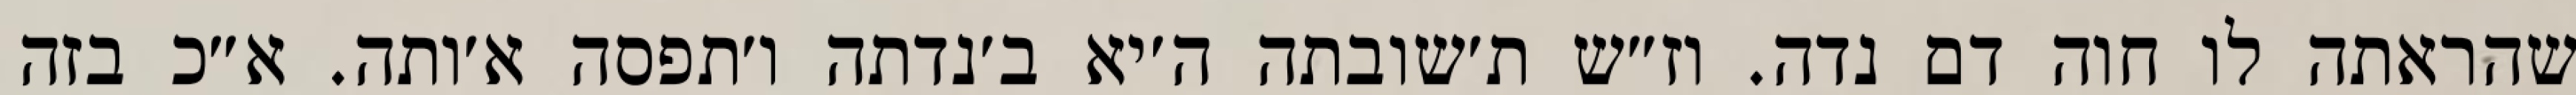
שהראתה לו חוה דם נדה. וז״ש ת׳שובתה ה׳יא ב׳נדתה ו׳תפסה א׳ותה. א״כ בזה